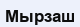
Мырзаш